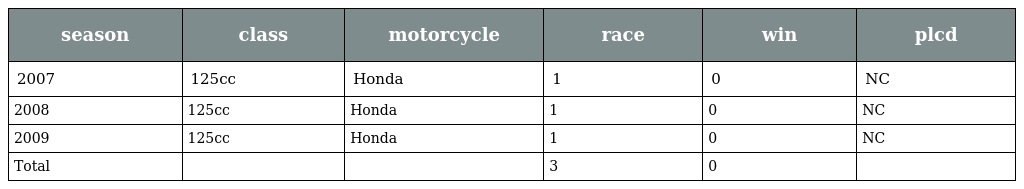
| season | class | motorcycle | race | win | plcd |
 | --- | --- | --- | --- | --- | --- |
 | 2007 | 125cc | Honda | 1 | 0 | NC |
 | 2008 | 125cc | Honda | 1 | 0 | NC |
 | 2009 | 125cc | Honda | 1 | 0 | NC |
 | Total |  |  | 3 | 0 |  |